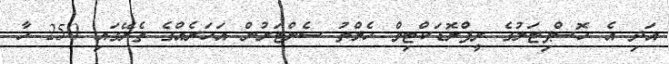
އަދި އެ ހޮސްޕިޓަލުގެ ރީޕްރޮޑަކްޓިވް ހެލްތު ސެންޓަރުން އަހަރެއްގެ ތެރޭގައި 250 ހާ